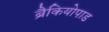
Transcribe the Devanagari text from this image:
ब्रैकियोपाड